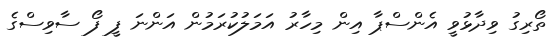
ތޯރިގު ވިދާޅުވީ އެންސްޕާ އިން މިހާރު އަމަލުކުރަމުން އަންނަ ފީ ފޯ ސާވިސްގެ